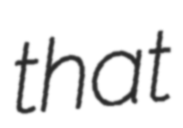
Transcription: that